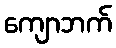
ကျောဘက်